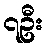
၇ဦး